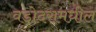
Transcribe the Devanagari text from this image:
वडोदरामधील